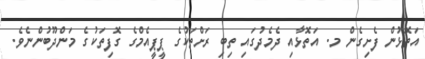
އަތޮޅުން ފެށިގެން މ. އަތޮޅާއި ދެމެދުގައި ތިބި ރަށްތަކުގެ ޕީޕީއެމްގެ ގޮފިތަކުގެ މަންދޫބުންނެވެ.